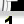
Digit: 1